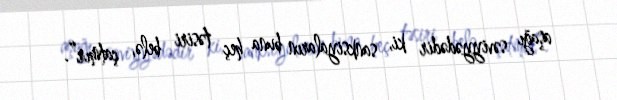
aşağı səviyyədədir ki, sanksiyaların buna heç təsiri belə, çatmır”.